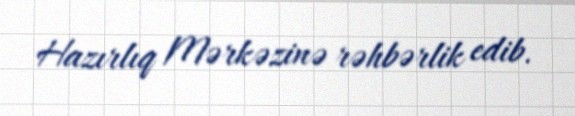
Hazırlıq Mərkəzinə rəhbərlik edib.